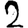
Digit: 2